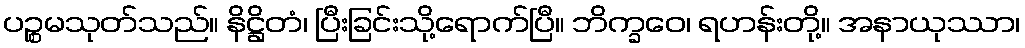
ပဉ္စမသုတ်သည်။ နိဋ္ဌိတံ၊ ပြီးခြင်းသို့ရောက်ပြီ။ ဘိက္ခဝေ၊ ရဟန်းတို့။ အနာယုဿာ၊